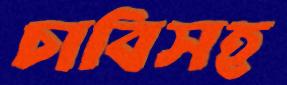
চাবিসহ